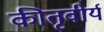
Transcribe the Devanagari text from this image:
कीतृवीर्य